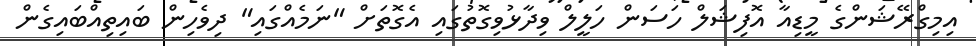
އިމިގްރޭޝަންގެ މީޑިއާ އޮފިޝަލް ހަސަން ހަލީލް ވިދާޅުވިގޮތުގައި އެގޮތަށް "ނަމެއްގައި" ދިވެހިން ބައިތިއްބައިގެން